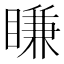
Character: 䁠